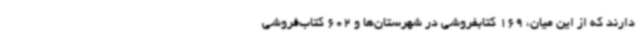
دارند که از این میان، 169 کتابفروشی در شهرستان‌ها و 602 کتاب‌فروشی